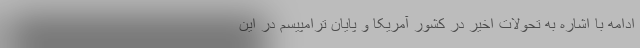
ادامه با اشاره به تحولات اخیر در کشور آمریکا و پایان ترامپیسم در این